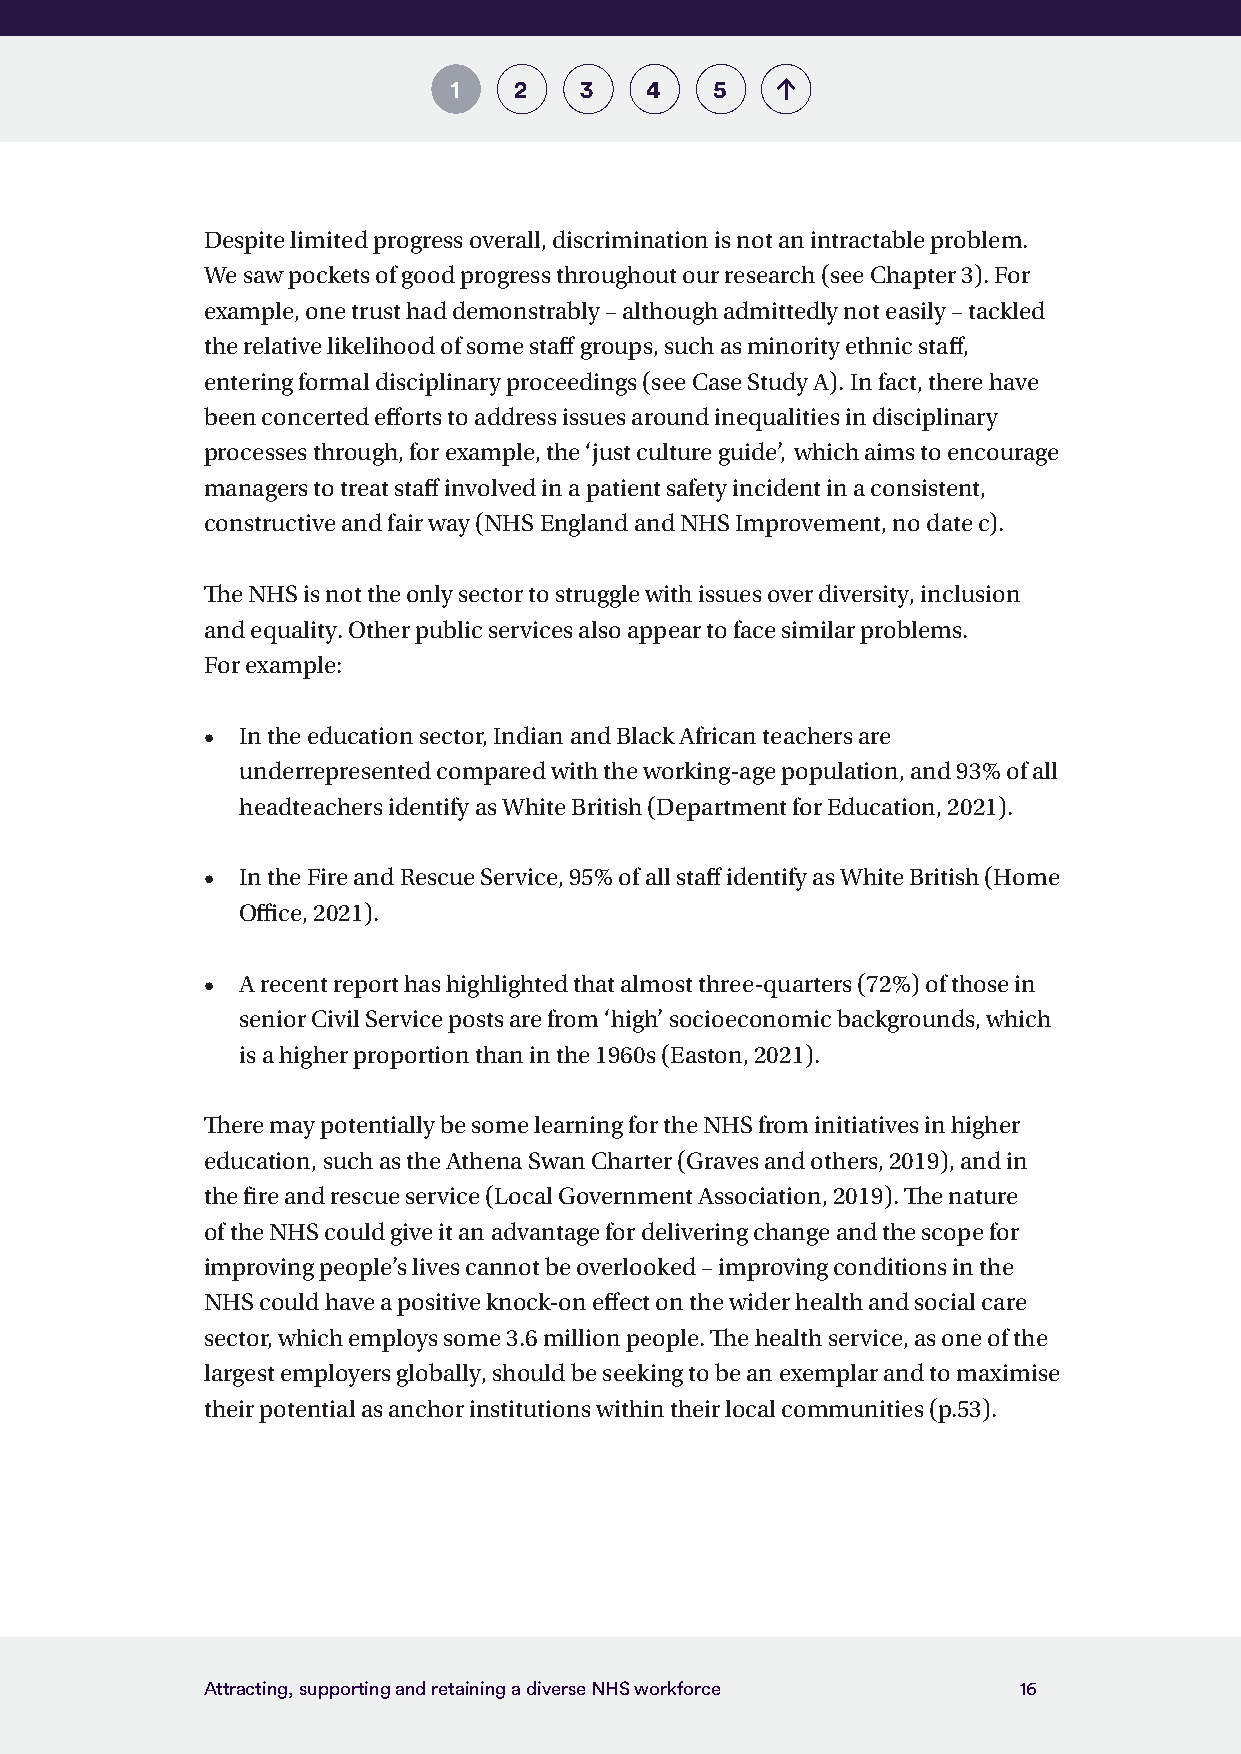
1   2   3    4   5
 Despite limited progress overall, discrimination is not an intractable problem.
 We saw pockets of good progress throughout our research (see Chapter 3). For
 example, one trust had demonstrably – although admittedly not easily – tackled
 the relative likelihood of some staff groups, such as minority ethnic staff,
 entering formal disciplinary proceedings (see Case Study A). In fact, there have
 been concerted efforts to address issues around inequalities in disciplinary
 processes through, for example, the ‘just culture guide’, which aims to encourage
 managers to treat staff involved in a patient safety incident in a consistent,
 constructive and fair way (NHS England and NHS Improvement, no date c).
 The NHS is not the only sector to struggle with issues over diversity, inclusion
 and equality. Other public services also appear to face similar problems.
 For example:
 •  In the education sector, Indian and Black African teachers are
 underrepresented compared with the working-age population, and 93% of all
 headteachers identify as White British (Department for Education, 2021).
 •  In the Fire and Rescue Service, 95% of all staff identify as White British (Home
 Office, 2021).
 •  A recent report has highlighted that almost three-quarters (72%) of those in
 senior Civil Service posts are from ‘high’ socioeconomic backgrounds, which
 is a higher proportion than in the 1960s (Easton, 2021).
 There may potentially be some learning for the NHS from initiatives in higher
 education, such as the Athena Swan Charter (Graves and others, 2019), and in
 the fire and rescue service (Local Government Association, 2019). The nature
 of the NHS could give it an advantage for delivering change and the scope for
 improving people’s lives cannot be overlooked – improving conditions in the
 NHS could have a positive knock-on effect on the wider health and social care
 sector, which employs some 3.6 million people. The health service, as one of the
 largest employers globally, should be seeking to be an exemplar and to maximise
 their potential as anchor institutions within their local communities (p.53).
 Attracting, supporting and retaining a diverse NHS workforce 16